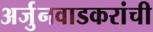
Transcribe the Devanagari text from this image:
अर्जुनवाडकरांची